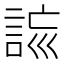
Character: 𧧮